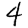
Digit: 4